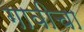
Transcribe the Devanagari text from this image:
गावीचा